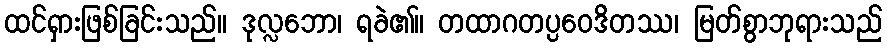
ထင်ရှားဖြစ်ခြင်းသည်။ ဒုလ္လဘော၊ ရခဲ၏။ တထာဂတပ္ပဝေဒိတဿ၊ မြတ်စွာဘုရားသည်